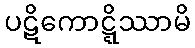
ပဋိကောဋ္ဋိဿာမိ